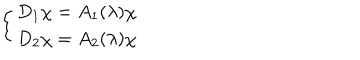
\left\{ \begin{array} { l } { { D _ { 1 } \chi = A _ { 1 } ( \lambda ) \chi } } \\ { { D _ { 2 } \chi = A _ { 2 } ( \lambda ) \chi } } \\ \end{array} \right.